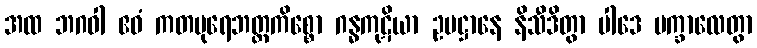
အထ ဘဂဝါ ဧဝံ ကတပုရေဘတ္တကိစ္စော ဂန္ဓကုဋိယာ ဥပဋ္ဌာနေ နိသီဒိတွာ ပါဒေ ပက္ခာလေတွာ